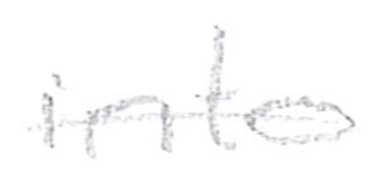
Text: into
Cross-out: single-line
Writing tool: pencil